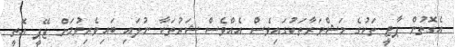
އެގޮތުން ޕާޓީ ތަކުގެ މަޝްވަރާތަކުގައިވެސް އެއްވެސް ޝަރުތަކާ ނުލައި ބައިވެރިވުމަށް ޖޭޕީ އޮތީ